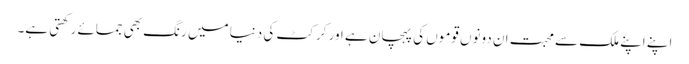
اپنے اپنے ملک سے محبت ان دونوں قوموں کی پہچان ہے اور کرکٹ کی دنیا میں رنگ بھی جمائے رکھتی ہے۔